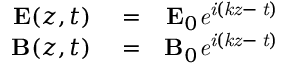
\begin{array} { r l r } { { \bf E } ( z , t ) } & { { } = } & { { \bf E } _ { 0 } \it { e } ^ { \it { i ( k z - \omega t ) } } } \\ { { \bf B } ( z , t ) } & { { } = } & { { \bf B } _ { 0 } \it { e } ^ { \it { i ( k z - \omega t ) } } } \end{array}